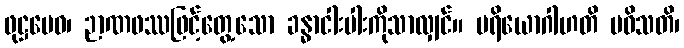
ဖုဋ္ဌမေဝ၊ ဉာဏဖဿဖြင့်တွေ့သော ခန္ဓာငါးပါးကိုသာလျှင်။ ပရိယောဂါဟတိ ပဝိသတိ၊